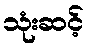
သုံးဆင့်